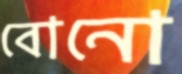
বোনো